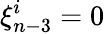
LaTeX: \xi_{n-3}^{i}=0